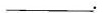
___。